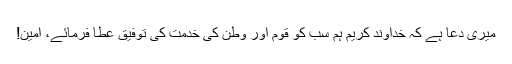
میری دعا ہے کہ خداوندِ کریم ہم سب کو قوم اور وطن کی خدمت کی توفیق عطا فرمائے، آمین!